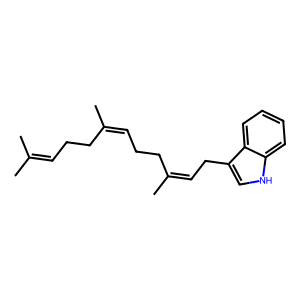
SMILES: CC(C)=CCCC(C)=CCCC(C)=CCc1c[nH]c2ccccc12
Inhibits HIV replication: No